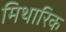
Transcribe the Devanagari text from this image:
मिथारिक